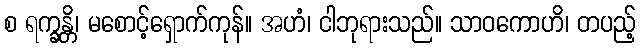
စ ရက္ခန္တိ၊ မစောင့်ရှောက်ကုန်။ အဟံ၊ ငါဘုရားသည်။ သာဝကောဟိ၊ တပည့်